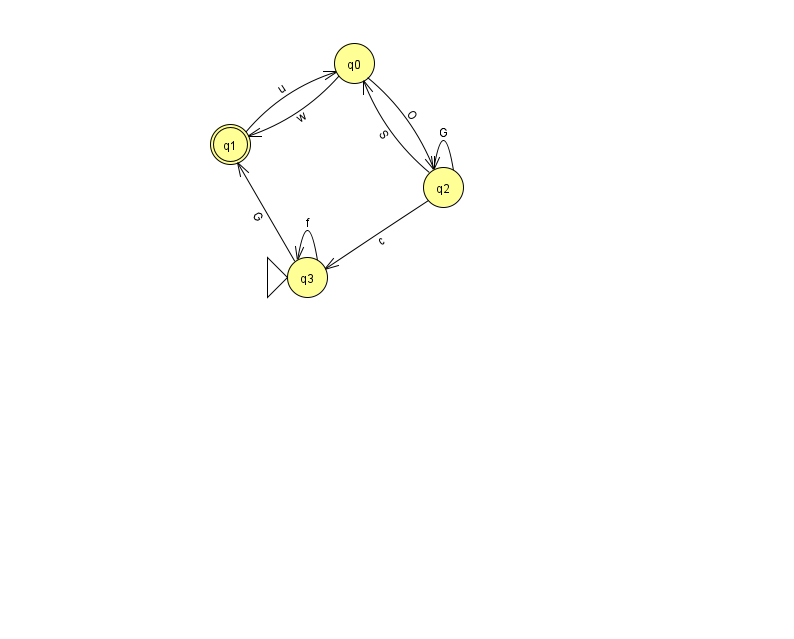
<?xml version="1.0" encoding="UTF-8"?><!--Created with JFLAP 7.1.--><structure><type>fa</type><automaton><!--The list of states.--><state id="0" name="q0"><x>354.0</x><y>50.0</y></state><state id="1" name="q1"><x>230.0</x><y>131.0</y><final/></state><state id="2" name="q2"><x>443.0</x><y>174.0</y></state><state id="3" name="q3"><x>307.0</x><y>264.0</y><initial/></state><!--The list of transitions.--><transition><from>3</from><to>1</to><read>G</read></transition><transition><from>2</from><to>0</to><read>S</read></transition><transition><from>3</from><to>3</to><read>f</read></transition><transition><from>2</from><to>2</to><read>G</read></transition><transition><from>0</from><to>1</to><read>w</read></transition><transition><from>0</from><to>2</to><read>O</read></transition><transition><from>1</from><to>0</to><read>u</read></transition><transition><from>2</from><to>3</to><read>c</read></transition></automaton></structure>